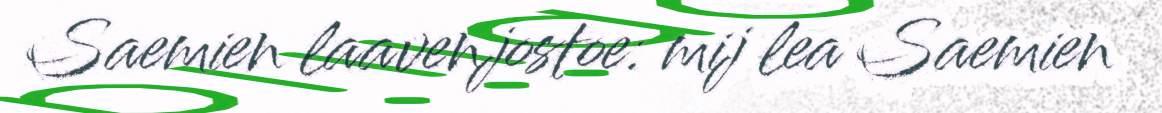
Saemien laavenjostoe: mij lea Saemien